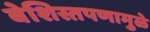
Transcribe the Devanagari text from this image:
बेशिस्तपणामुळे